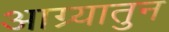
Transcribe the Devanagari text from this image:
आग्र्यातुन